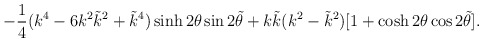
\begin{align*}-\frac{1}{4}(k^4-6k^2 \tilde k^2+\tilde k^4)\sinh 2\theta \sin2 \tilde \theta+k \tilde k (k^2-\tilde k^2)[1+\cosh2 \theta \cos2 \tilde \theta].\end{align*}